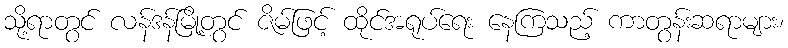
သို့ရာတွင် လန်ဒန်မြို့တွင် ဇိမ်ဖြင့် ထိုင်အရုပ်ရေး နေကြသည့် ကာတွန်းဆရာများ၊